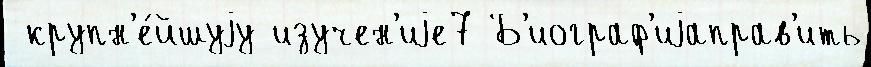
 крупн'е́йшуjу изучен'иjе7 Б'иограф'иjаправ'ить